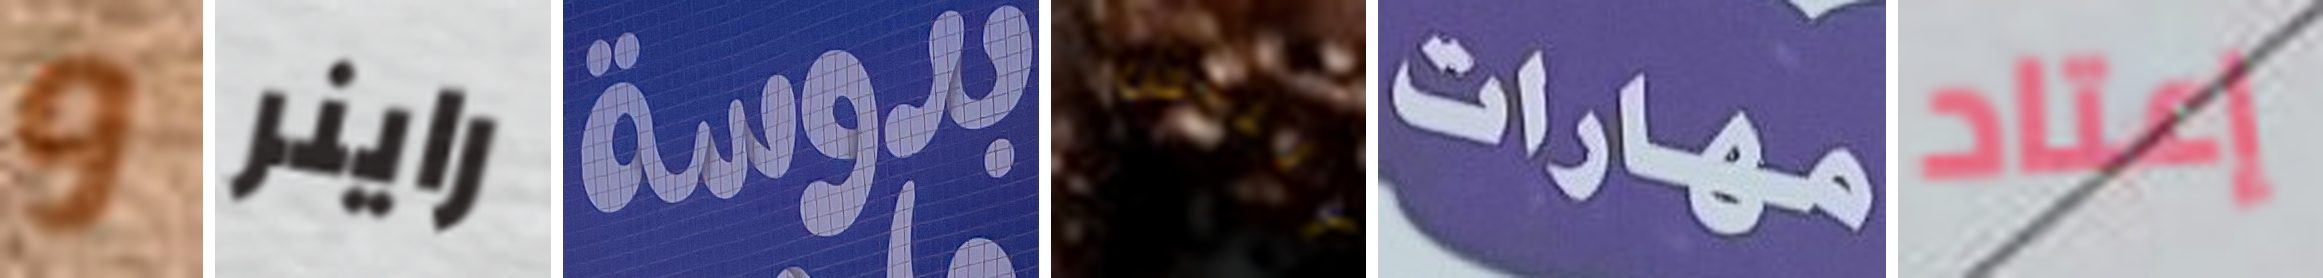
و راينر بدوسة الناس مهارات إعتاد